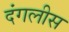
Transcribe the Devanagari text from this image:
दंगलीस